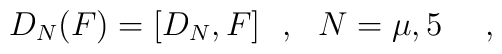
D_N(F)= [D_N, F] ~~,~~N=\mu, 5 ~~~~,